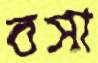
বসা